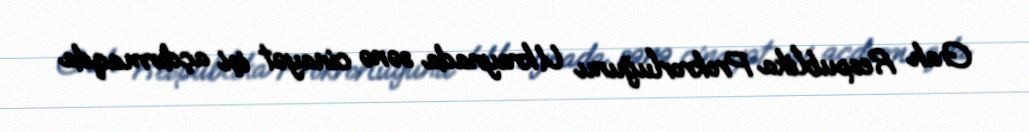
Gah Respublika Prokrorluğunu Ukraynada sənə cinayət işi açdırmaqda